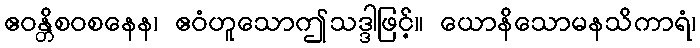
ဧဝန္တိစဝစနေန၊ ဧဝံဟူသောဤသဒ္ဒါဖြင့်။ ယောနိသောမနသိကာရံ၊